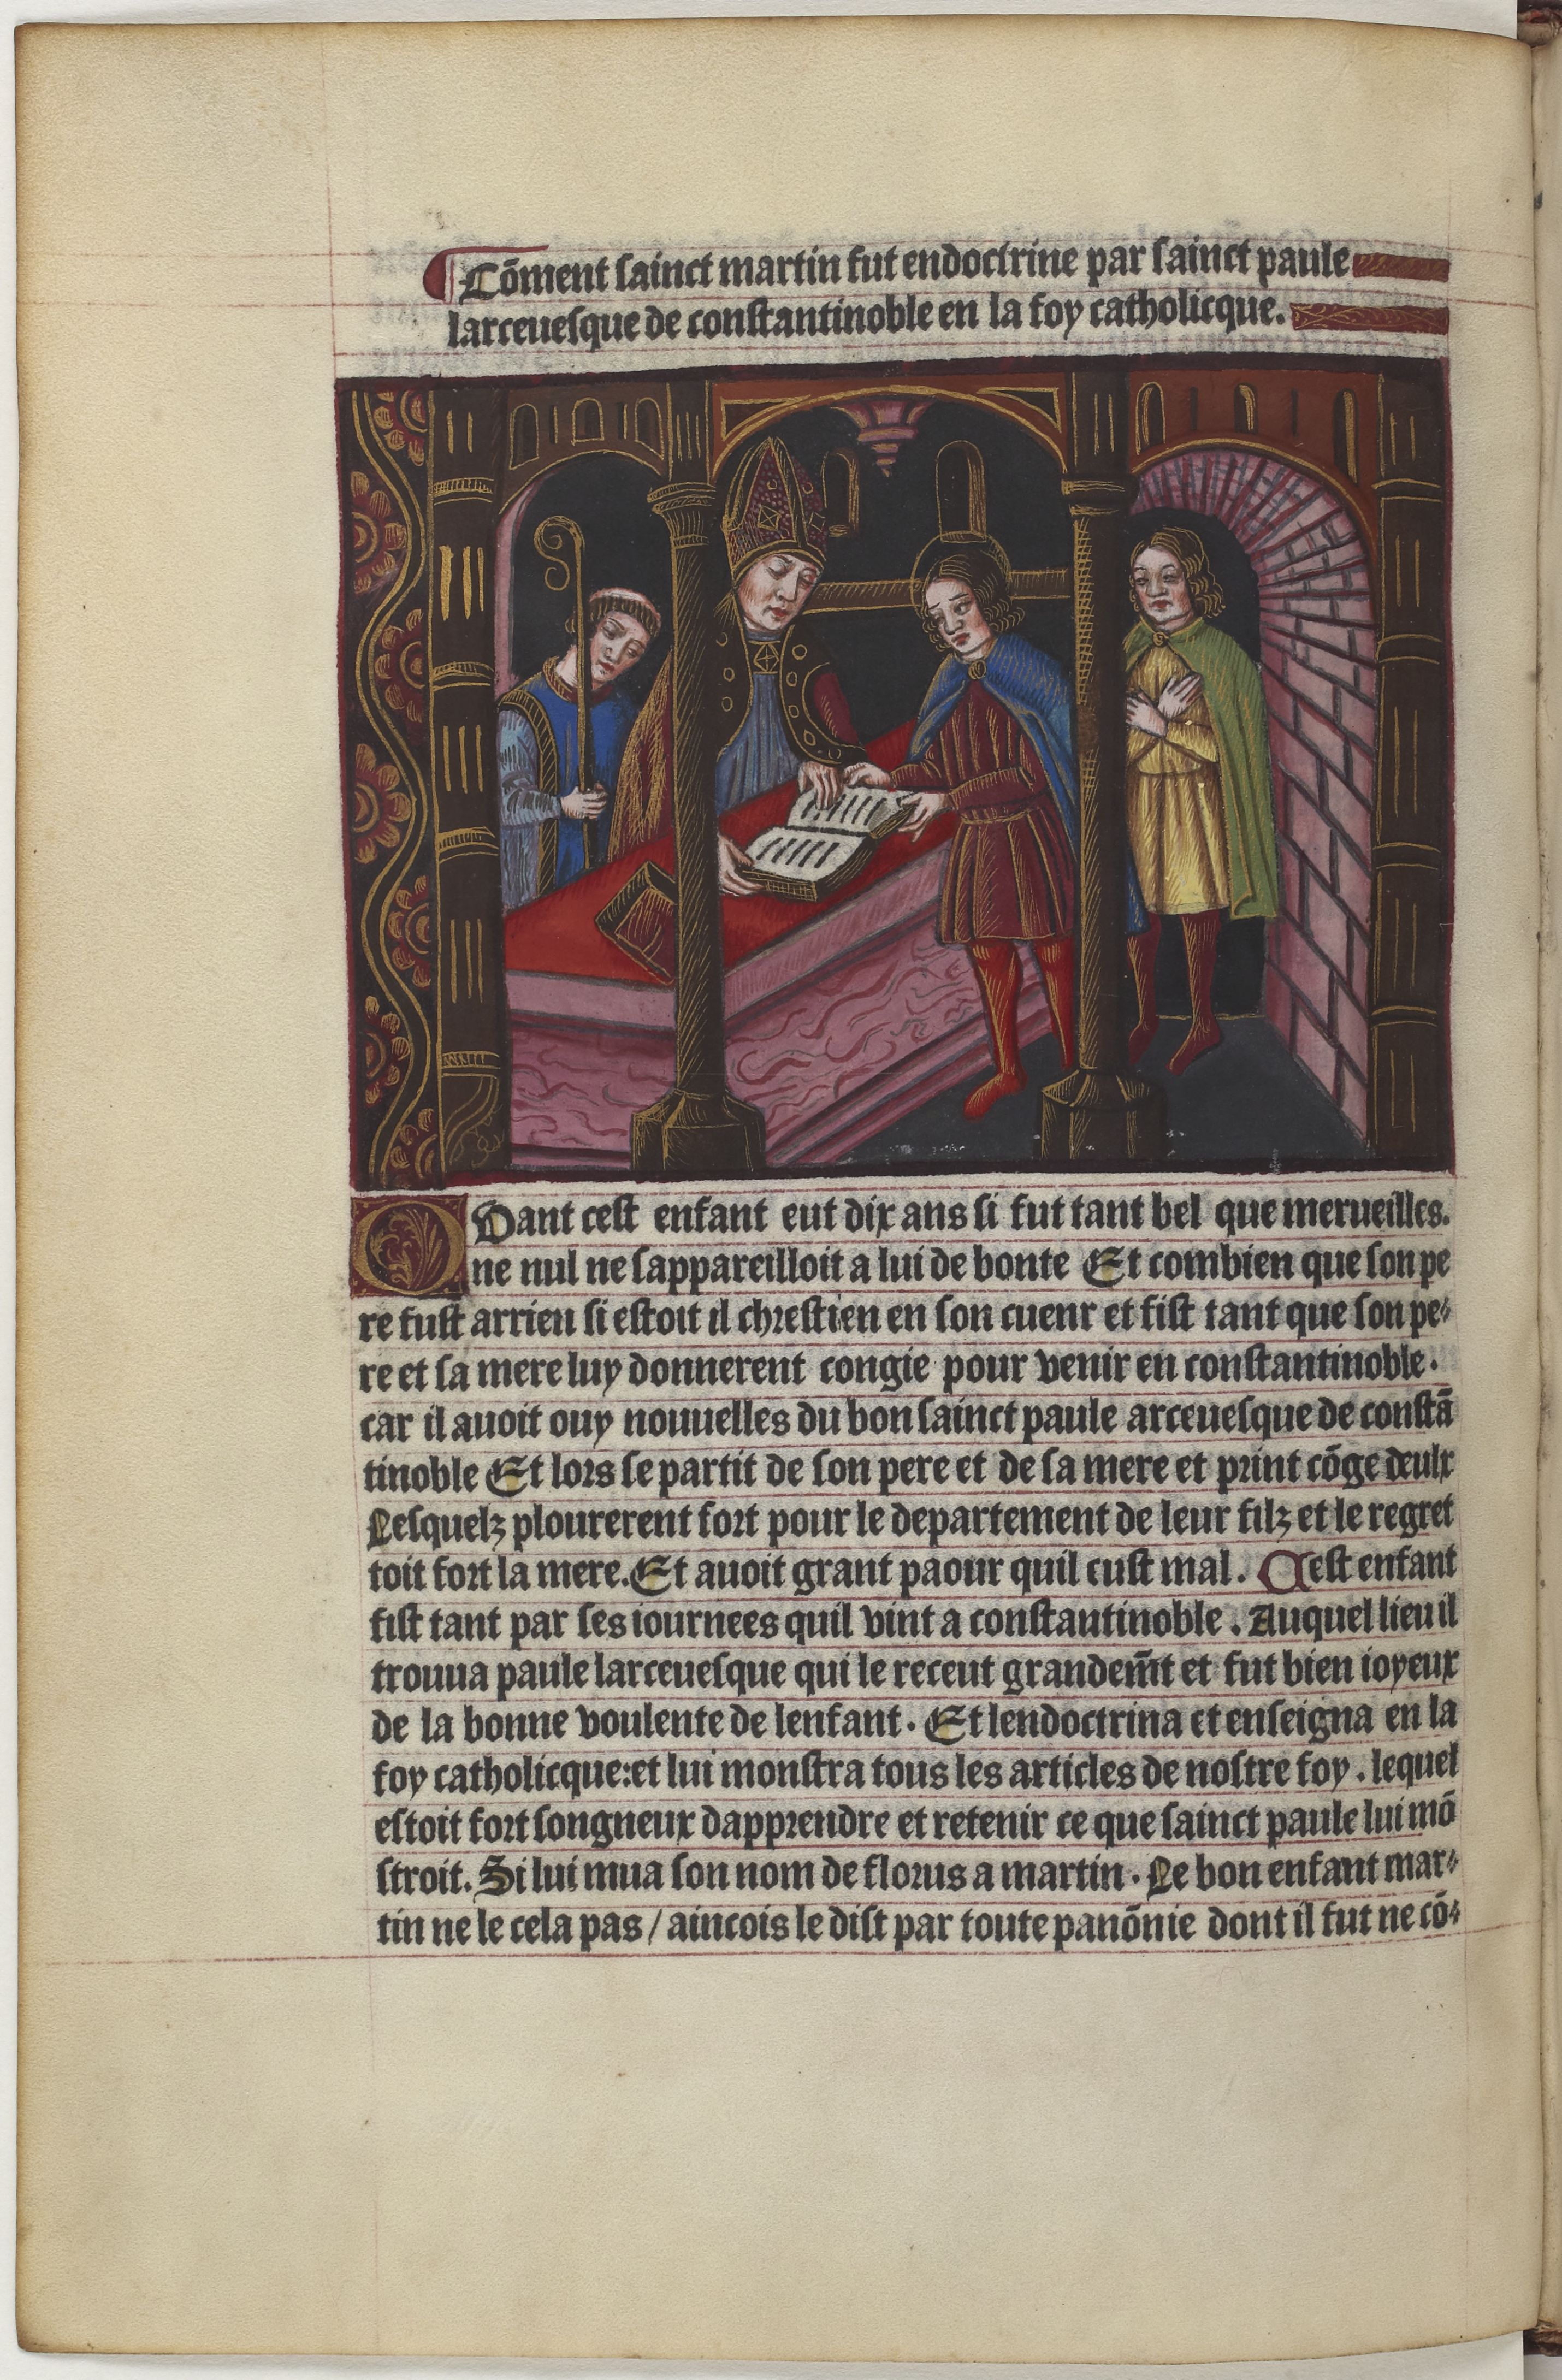
Shelfmark: Paris, BnF, Velins 1159
Century: 15